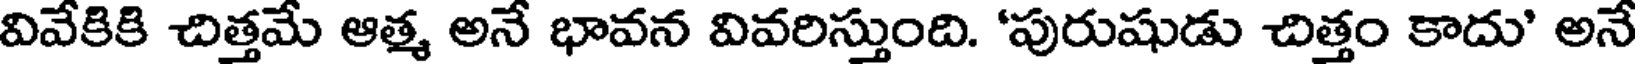
వివేకికి చిత్తమే ఆత్మ అనే భావన వివరిస్తుంది. 'పురుషుడు చిత్తం కాదు' అనే